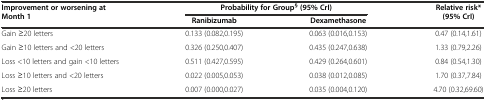
| Improvement or worsening at Month 1 | <COLSPAN=2> Probability for Group§ (95% CrI) | Relative risk* (95% CrI) |
 |  | Ranibizumab | Dexamethasone |  |
 | --- | --- | --- | --- |
 | Gain ≥20 letters | 0.133 (0.082,0.195) | 0.063 (0.016,0.153) | 0.47 (0.14,1.61) |
 | Gain ≥10 letters and <20 letters | 0.326 (0.250,0.407) | 0.435 (0.247,0.638) | 1.33 (0.79,2.26) |
 | Loss <10 letters and gain <10 letters | 0.511 (0.427,0.595) | 0.429 (0.264,0.601) | 0.84 (0.54,1.30) |
 | Loss ≥10 letters and <20 letters | 0.022 (0.005,0.053) | 0.038 (0.012,0.085) | 1.70 (0.37,7.84) |
 | Loss ≥20 letters | 0.007 (0.000,0.027) | 0.035 (0.004,0.120) | 4.70 (0.32,69.60) |